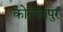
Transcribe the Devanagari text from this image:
कोल्लापुर